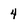
Character: 4